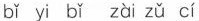
bǐ yi bǐ zài zǔ cí